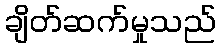
ချိတ်ဆက်မှုသည်